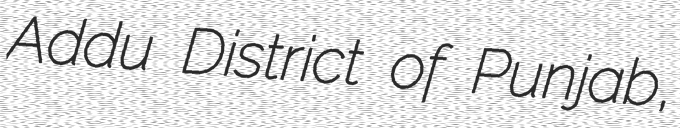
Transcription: Addu District of Punjab,